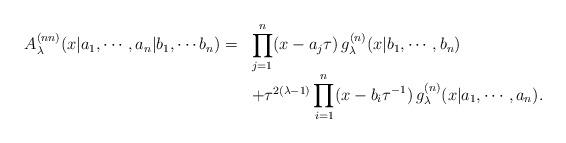
LaTeX: \begin{align*}\begin{array}{rl}A_{\lambda }^{(nn)} (x| a_1 , \cdots , a_n |b_1 , \cdots b_n )= &\displaystyle\prod_{j=1}^{n} (x-a_j \tau )\,g_{\lambda }^{(n)} (x| b_1 , \cdots ,b_n ) \\& + \tau ^{2(\lambda -1)}\displaystyle\prod_{i=1}^{n} (x-b_i \tau ^{-1})\,g_{\lambda }^{(n)} (x| a_1 , \cdots , a_n ).\end{array}\end{align*}